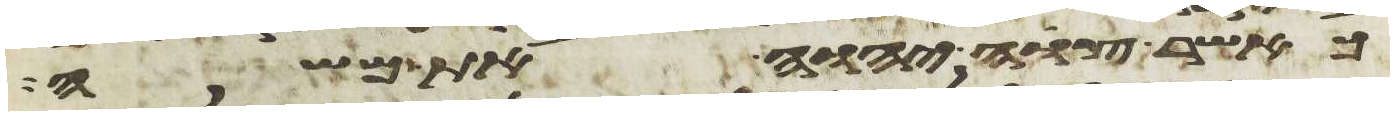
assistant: כאשר צוה יהוה את משה